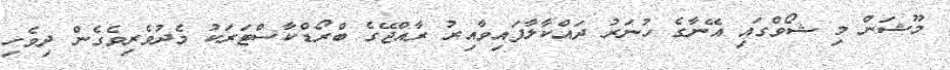
މޫޝަން މި ޝޯވްގައި އޭނާގެ ހުނަރު ދައްކާލާފައިވާއިރު ރާއްޖޭގެ ބްރޯޑްކާސްޓަރަކު މެދުވެރިވެގެން ދިވެހި